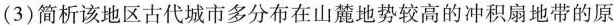
(3)简析该地区古代城市多分布在山麓地势较高的冲积扇地带的原